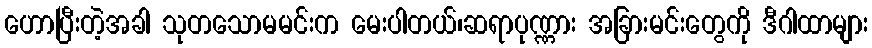
ဟောပြီးတဲ့အခါ သုတသောမမင်းက မေးပါတယ်၊ဆရာပုဏ္ဏား အခြားမင်းတွေကို ဒီဂါထာများ